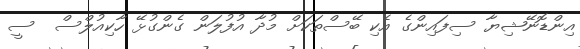
އިންޑޮނޭޝިޔާ ސިފައިންގެ އެކި ބޭސްތަކަށް މުދާ އުފުލަން ގެންގުޅޭ ހާކިއުލްސް  ސީ